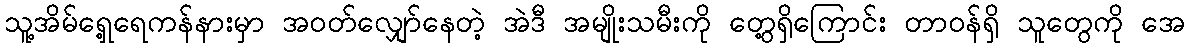
သူ့အိမ်ရှေ့ရေကန်နားမှာ အဝတ်လျှော်နေတဲ့ အဲဒီ အမျိုးသမီးကို တွေ့ရှိကြောင်း တာဝန်ရှိ သူတွေကို အေ